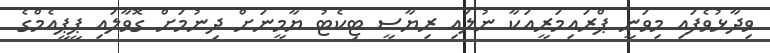
ވިދާޅުވެފައި މިވަނީ ޕްރައިމަރީއަކާ ނުލައި ރިޔާސީ ޓިކެޓު ޔާމީނަށް ދިނުމަށް ގޮވާލައި ޕީޕީއެމްގެ